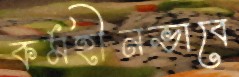
কর্মহীনভাবে